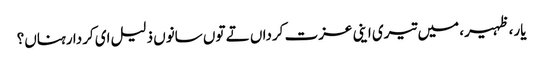
یار، ظہیر، میں تیری اینی عزت کرداں تے توں سانوں ذلیل ای کردا رہناں؟